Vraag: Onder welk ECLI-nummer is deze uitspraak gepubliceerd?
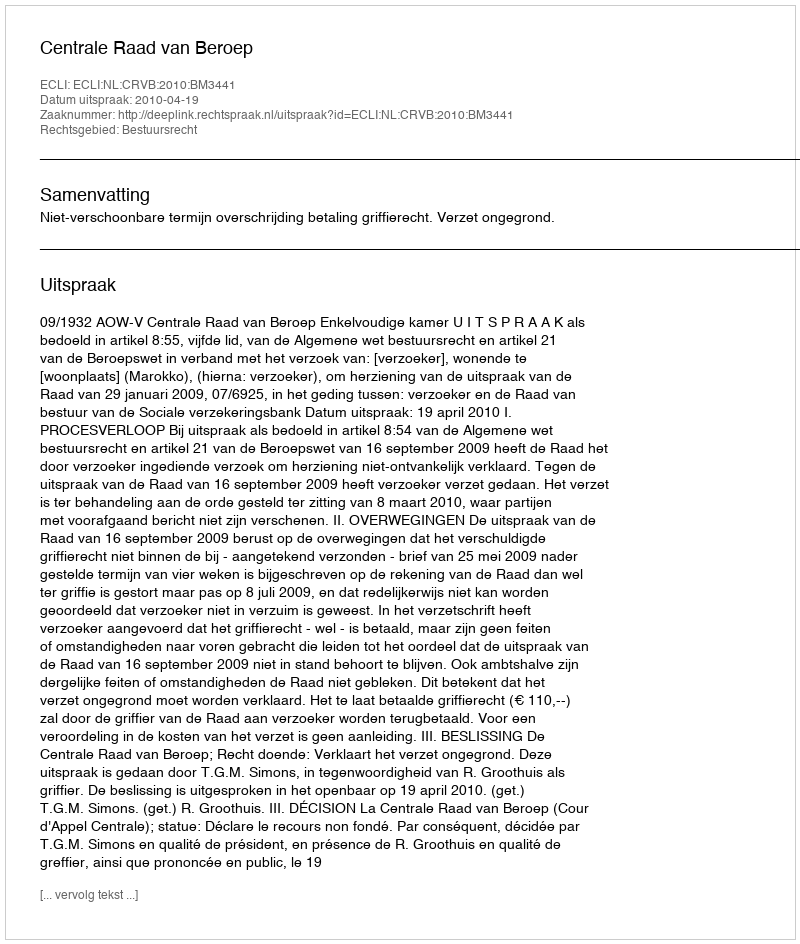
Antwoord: ECLI:NL:CRVB:2010:BM3441